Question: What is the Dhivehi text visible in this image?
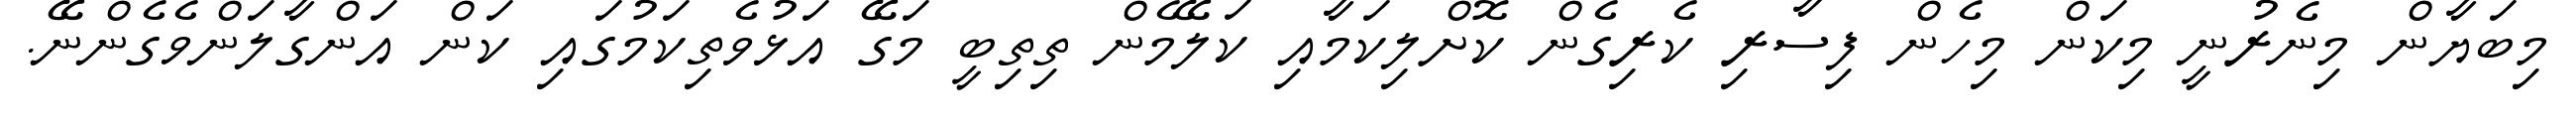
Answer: މިބަޔާން މިނެރުނީ މިކަން މިހެން ފިސާރި ކެރިގެން ކޮށްލިކަމާއި ކަލޭމެން ތިތިބީ މަގޭ އަޅުވެތިކަމުގައި ކަން އަންގާލަންވެގެންނޭ.